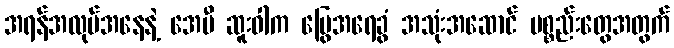
အရန်အလုပ်အနေနဲ့ အေမီ ဆူးဝါက မြွေအရေခွံ အသုံးအဆောင် ပစ္စည်းတွေအတွက်